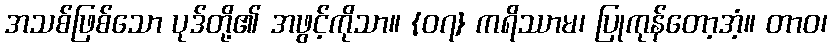
အသစ်ဖြစ်သော ပုဒ်တို့၏ အဖွင့်ကိုသာ။ {၀၇} ကရိဿာမ၊ ပြုကုန်တော့အံ့။ တာဝ၊